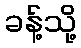
ခန့်သို့